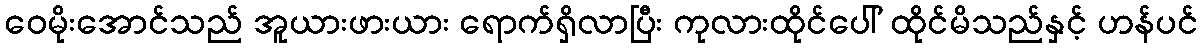
ဝေမိုးအောင်သည် အူယားဖားယား ရောက်ရှိလာပြီး ကုလားထိုင်ပေါ် ထိုင်မိသည်နှင့် ဟန်ပင်